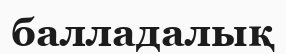
балладалық